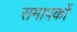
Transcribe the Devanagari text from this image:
समापकों